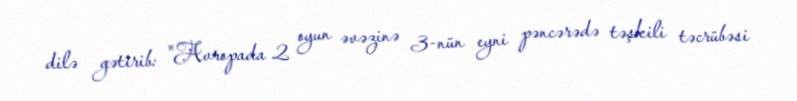
dilə gətirib: "Avropada 2 oyun əvəzinə 3-nün eyni pəncərədə təşkili təcrübəsi